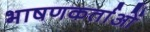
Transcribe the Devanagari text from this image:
भाषणकर्ताओं